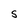
Character: S